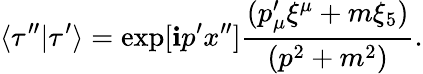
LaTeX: \langle\tau^{\prime\prime}|\tau^{\prime}\rangle=\exp[\mathbf{i}p^{\prime}x^{\prime\prime}]{\frac{{(p_{\mu}^{\prime}\xi^{\mu}+m\xi_{5})}}{{(p^{2}+m^{2})}}}.